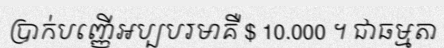
ប្រាក់បញ្ញើអប្បបរមាគឺ $ 10.000 ។ ជាធម្មតា